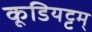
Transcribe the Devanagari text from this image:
कूडियट्टम्